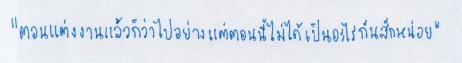
"ตอนแต่งงานแล้วก็ว่าไปอย่างแต่ตอนนี้ไม่ได้เป็นอะไรกันสักหน่อย"